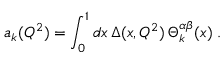
a _ { k } ( Q ^ { 2 } ) = \int _ { 0 } ^ { 1 } d x \, \Delta ( x , Q ^ { 2 } ) \, \Theta _ { k } ^ { \alpha \beta } ( x ) \; .